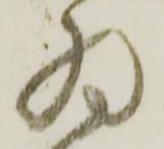
為